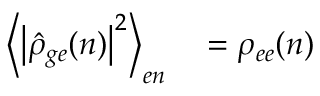
\begin{array} { r l } { \left\langle \left| \hat { \rho } _ { g e } ( n ) \right| ^ { 2 } \right\rangle _ { e n } } & { { } = \rho _ { e e } ( n ) } \end{array}